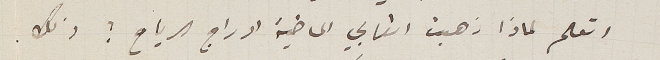
اتعلم لماذا ذهبت اتعابي الماضية ادراج الرياح؟ ذلك.